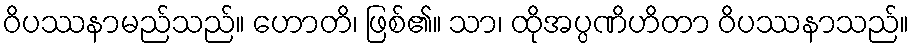
ဝိပဿနာမည်သည်။ ဟောတိ၊ ဖြစ်၏။ သာ၊ ထိုအပ္ပဏိဟိတာ ဝိပဿနာသည်။